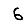
Digit: 6